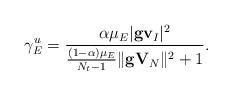
LaTeX: \begin{align*}\gamma_{E}^u = \frac{\alpha \mu_E|\mathbf{g}\mathbf{v}_{I}|^2}{\frac{(1-\alpha)\mu_E}{N_t-1}\|\mathbf{g}\mathbf{V}_{N}\|^2 + 1}.\end{align*}